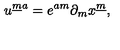
u ^ { { \underline { m } } a } = e ^ { a m } \partial _ { m } x ^ { \underline { m } } ,